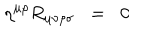
\eta ^ { \mu \rho } R _ { \mu \nu \rho \sigma } \; \; = \; \; 0